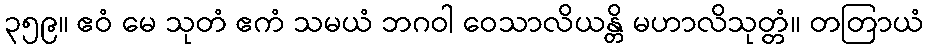
၃၅၉။ ဧဝံ မေ သုတံ ဧကံ သမယံ ဘဂဝါ ဝေသာလိယန္တိ မဟာလိသုတ္တံ။ တတြာယံ